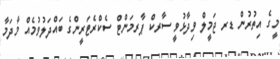
މީގެ އިތުރުން ޑރ ޖަމީލް ވިދާޅުވީ ސާރކް ޕާރމަންޓް ސެކްރެޓަރީންގެ ބައްދަލުވުމެއް މާދަމާ